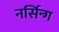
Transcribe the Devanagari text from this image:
नर्सिन्ग